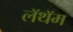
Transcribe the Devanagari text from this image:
लॅथॅम